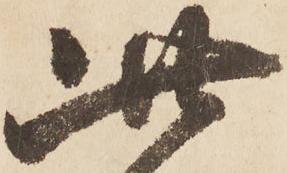
此